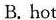
B. hot